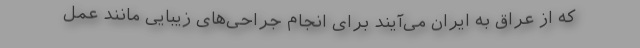
که از عراق به ایران می‌آیند برای انجام جراحی‌های زیبایی مانند عمل